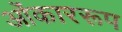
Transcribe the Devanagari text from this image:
ओंकाररूप